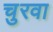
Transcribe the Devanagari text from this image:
चुरवा